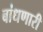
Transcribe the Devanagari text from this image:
बांधणारी